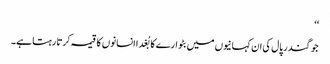
‘‘
جوگندر پال کی ان کہانیوں میں بٹوارے کا بُغدا انسانوں کا قیمہ کرتا رہتا ہے۔